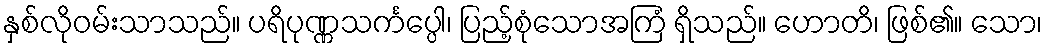
နှစ်လိုဝမ်းသာသည်။ ပရိပုဏ္ဏသင်္ကပ္ပေါ၊ ပြည့်စုံသောအကြံ ရှိသည်။ ဟောတိ၊ ဖြစ်၏။ သော၊